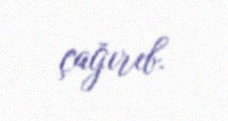
çağırıb.